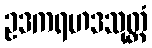
ဥဒကရဟဒသုတ္တံ